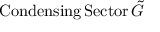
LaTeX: \mathrm { C o n d e n s i n g } \, \mathrm { S e c t o r } \, \tilde { G }